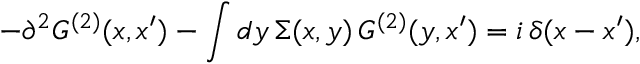
- \partial ^ { 2 } G ^ { ( 2 ) } ( x , x ^ { \prime } ) - \int d y \, \Sigma ( x , y ) \, G ^ { ( 2 ) } ( y , x ^ { \prime } ) = i \, \delta ( x - x ^ { \prime } ) ,